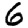
Digit: 6